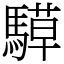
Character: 騲